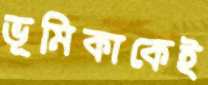
ভূমিকাকেই